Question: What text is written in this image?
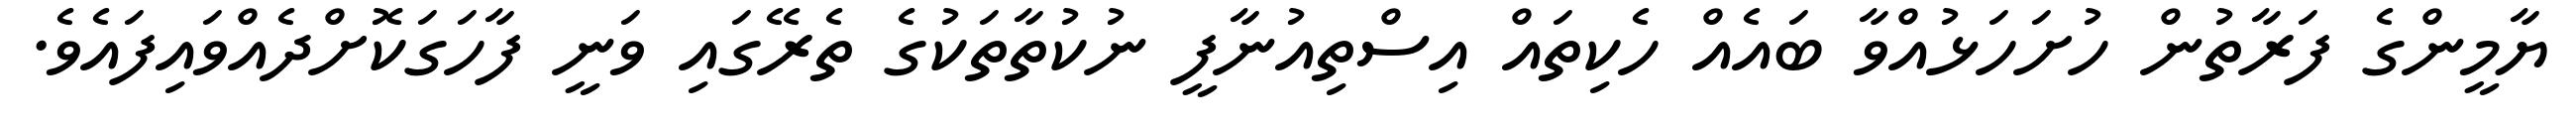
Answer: ޔާމީންގެ ފަރާތުން ހުށަހަޅުއްވާ ބައެއް ހެކިތައް އިސްތިއުނާފީ ނުކުތާތަކުގެ ތެރޭގައި ވަނީ ފާހަގަކޮށްދެއްވައިފައެވެ.